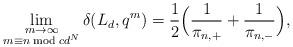
LaTeX: \begin{align*} \lim_{\substack{m\rightarrow \infty\\ m \equiv n \bmod c d^N}} \delta(L_d,q^m) = \frac{1}{2}\Big(\frac{1}{\pi_{n,+}} + \frac{1}{\pi_{n,-}}\Big),\end{align*}